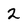
Character: 2